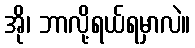
အို၊ ဘာလို့ရယ်ရမှာလဲ။